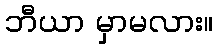
ဘီယာ မှာမလား။